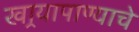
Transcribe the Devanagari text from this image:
खार्‍यापाण्याचे